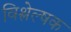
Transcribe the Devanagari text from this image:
विश्लेल्षक